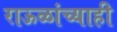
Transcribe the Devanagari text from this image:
राऊळांच्याही